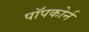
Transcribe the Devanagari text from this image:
पॉपकोर्न